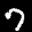
Label: 7